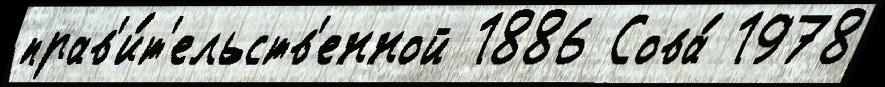
прав'и́т'ельств'енной 1886 Сова́ 1978